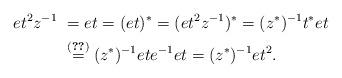
LaTeX: \begin{align*} et^2z^{-1} &~=et=(et)^{\ast}=(et^2z^{-1})^{\ast}=(z^{\ast})^{-1}t^{\ast}et\\ &~\stackrel{(\ref{2.14})}{=}(z^{\ast})^{-1}ete^{-1}et=(z^{\ast})^{-1}et^2.\end{align*}